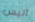
أليس